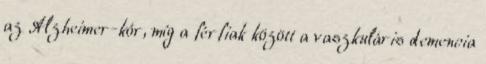
az Alz­heimer-kór, míg a férfiak között a vaszkuláris demencia